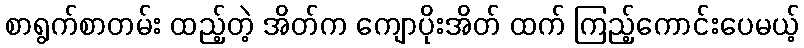
စာရွက်စာတမ်း ထည့်တဲ့ အိတ်က ကျောပိုးအိတ် ထက် ကြည့်ကောင်းပေမယ့်